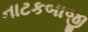
નાટકબાજી